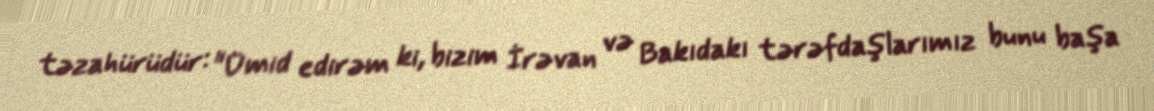
təzahürüdür: "Ümid edirəm ki, bizim İrəvan və Bakıdakı tərəfdaşlarımız bunu başa